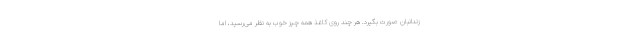
زندانبان صورت بگیرد. هر چند روی کاغذ همه چیز خوب به نظر می‌رسید، اما